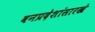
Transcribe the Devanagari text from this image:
वनप्रदेशांसारखे